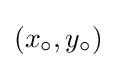
(x_{\circ },y_{\circ })